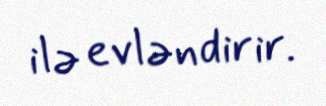
ilə evləndirir.